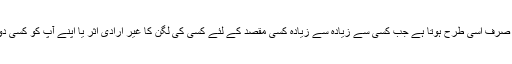
لازمی طور پر اس کا نتیجہ ہونا چاہئے ، اور یہ صرف اسی طرح ہوتا ہے جب کسی سے زیادہ سے زیادہ کسی مقصد کے لئے کسی کی لگن کا غیر ارادی اثر یا اپنے آپ کو کسی دوسرے شخص کے سامنے ہتھیار ڈالنے کا نتیجہ۔